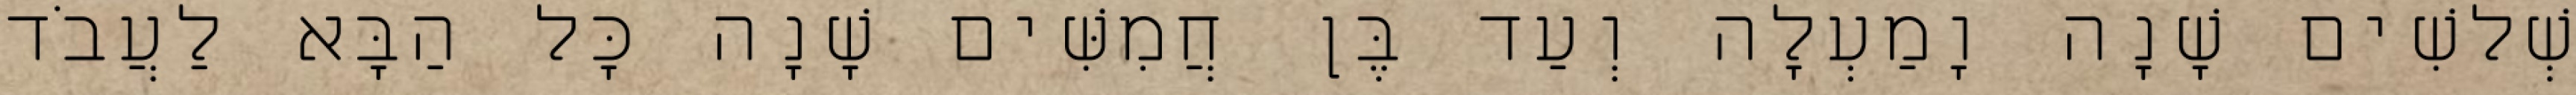
שְׁלשִׁים שָׁנָה וָמַעְלָה וְעַד בֶּן חֲמִשִּׁים שָׁנָה כָּל הַבָּא לַעֲבֹד